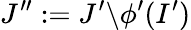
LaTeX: J^{\prime\prime}:=J^{\prime}\backslash\phi^{\prime}(I^{\prime})